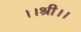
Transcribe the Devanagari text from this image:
।।श्री।।